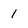
Character: 1